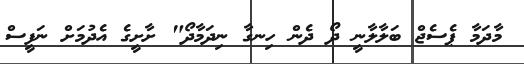
މާދަމާ ޕެސެޖް ބަލާލާނީ ދޯ ދެން ހިނގާ ނިދަމާދޯ" ށާށީގެ އެދުމަށް ނަފީސް